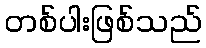
တစ်ပါးဖြစ်သည်